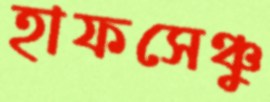
হাফসেঞ্চু